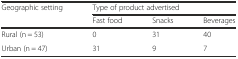
| Geographic setting | <COLSPAN=3> Type of product advertised |
 |  | Fast food | Snacks | Beverages |
 | --- | --- | --- | --- |
 | Rural (n = 53) | 0 | 31 | 40 |
 | Urban (n = 47) | 31 | 9 | 7 |